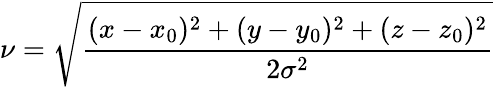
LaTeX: \nu=\sqrt{\frac{(x-x_{0})^{2}+(y-y_{0})^{2}+(z-z_{0})^{2}}{2\sigma^{2}}}